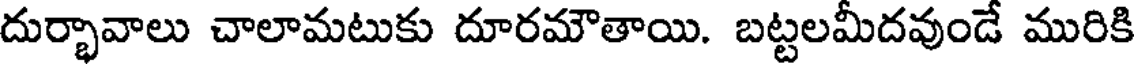
దుర్భావాలు చాలామటుకు దూరమౌతాయి. బట్టలమీదవుండే మురికి